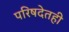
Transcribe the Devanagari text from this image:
परिषदेतही